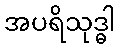
အပရိသုဒ္ဓါ